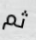
ثم